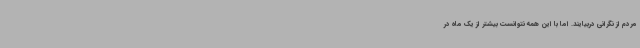
مردم از نگرانی دربیایند. اما با این همه نتوانست بیشتر از یک‌ ماه در